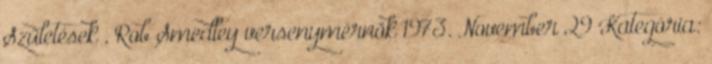
Születések , Rob Smedley versenymérnök 1973. November 29 Kategória: